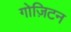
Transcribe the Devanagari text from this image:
गोज़िटन